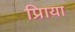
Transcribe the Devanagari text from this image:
प्रिाया